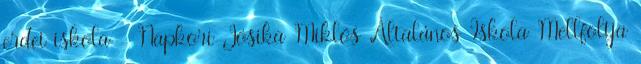
erdei iskola - Napkori Jósika Miklós Általános Iskola Mellfoltja